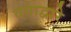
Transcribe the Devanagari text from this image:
वगाद्वारे